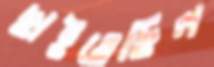
ছাইতেছিল